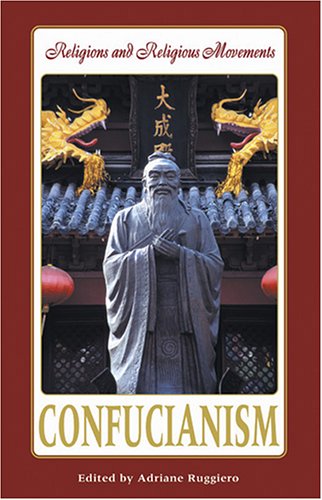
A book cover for Confucianism (Religions and Religious Movements); Adriane Ruggiero; Teen & Young Adult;